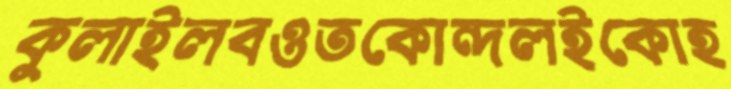
কুলাইলবওতকোন্দলইকোহ